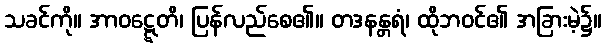
သခင်ကို။ အာဝဋ္ဋေတိ၊ ပြန်လည်စေ၏။ တဒနန္တရံ၊ ထိုဘဝင်၏ အခြားမဲ့၌။